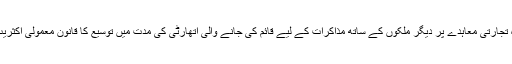
تاہم ایوان نے مجوزہ تجارتی معاہدے پر دیگر ملکوں کے ساتھ مذاکرات کے لیے قائم کی جانے والی اتھارٹی کی مدت میں توسیع کا قانون معمولی اکثریت سے منظور کرلیا۔